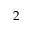
2